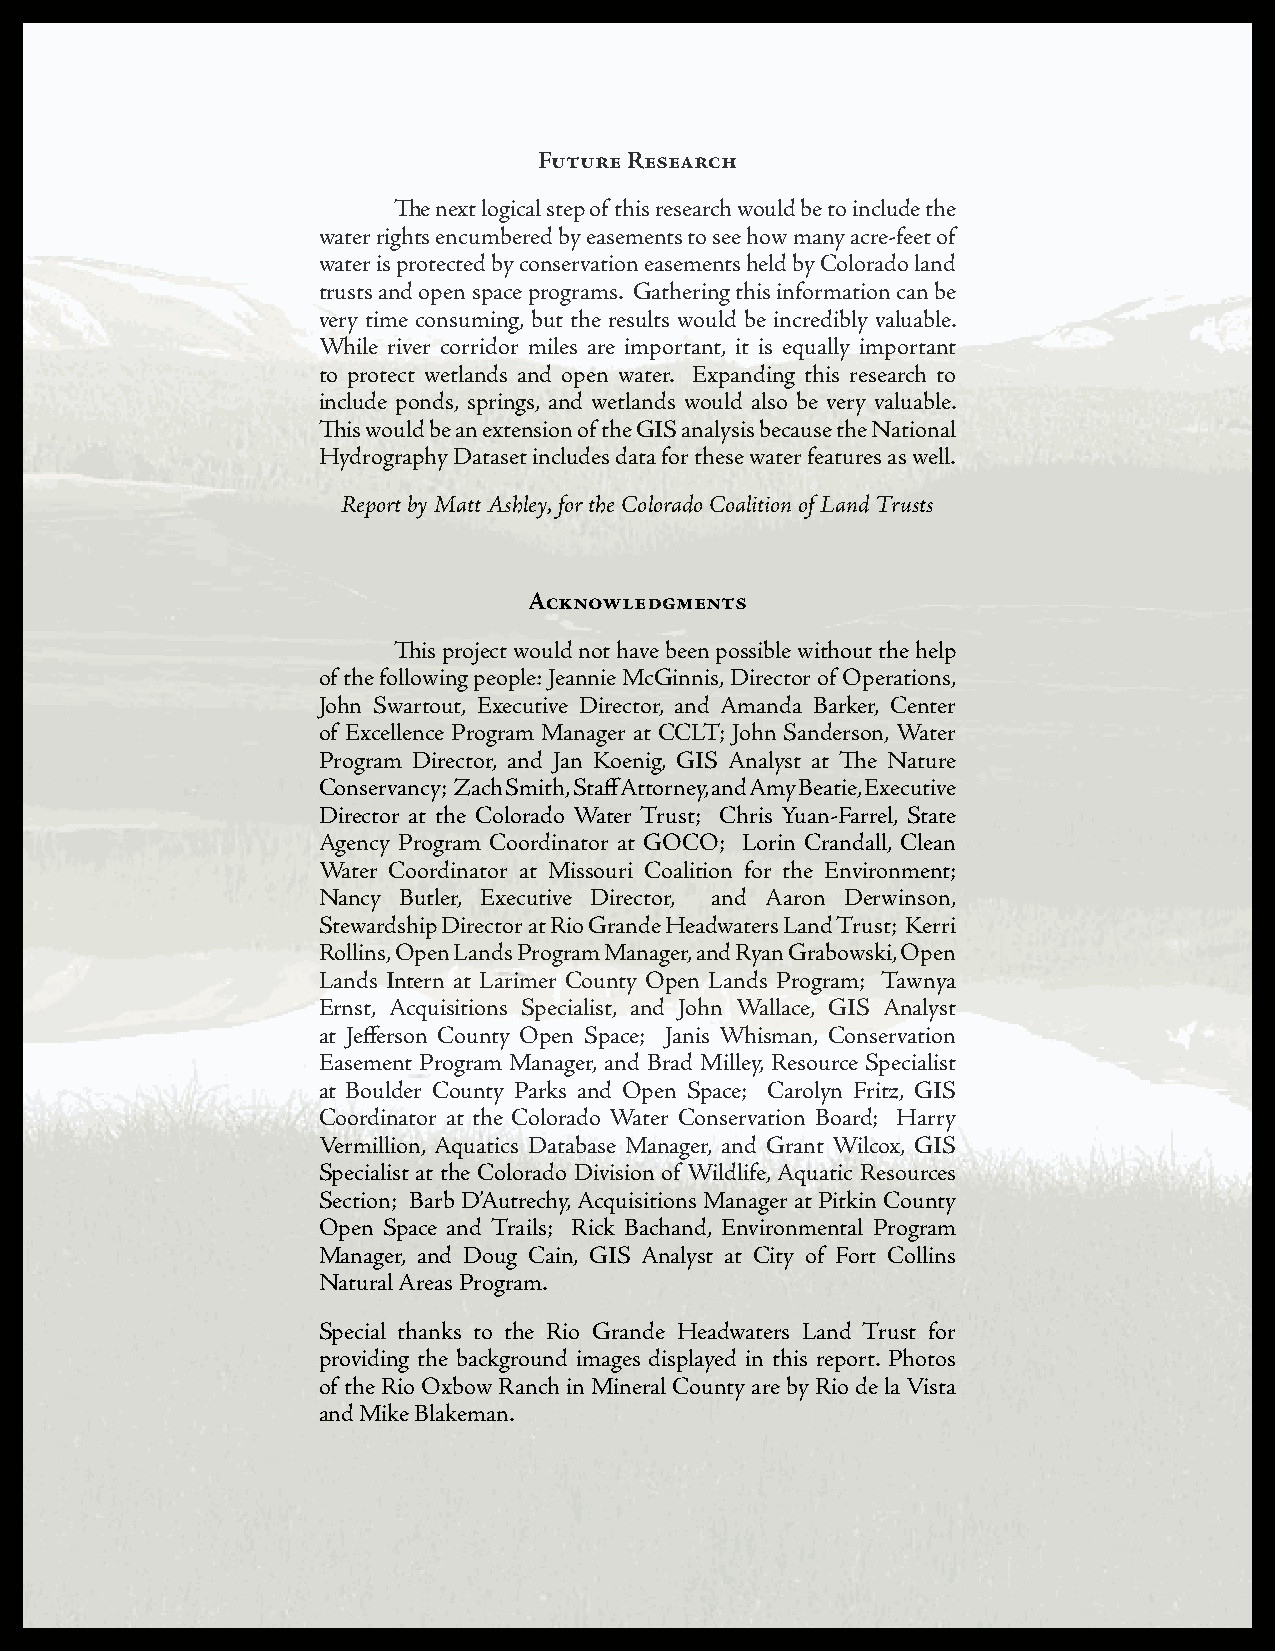
Future Research
 The next logical step of this research would be to include the
 water rights encumbered by easements to see how many acre-feet of
 water is protected by conservation easements held by Colorado land
 trusts and open space programs. Gathering this information can be
 very time consuming, but the results would be incredibly valuable.
 While river corridor miles are important, it is equally important
 to protect wetlands and open water. Expanding this research to
 include ponds, springs, and wetlands would also be very valuable.
 This would be an extension of the GIS analysis because the National
 Hydrography Dataset includes data for these water features as well.
 Report by Matt Ashley, for the Colorado Coalition of Land Trusts
 Acknowledgments
 This project would not have been possible without the help
 of the following people: Jeannie McGinnis, Director of Operations,
 John Swartout, Executive Director, and Amanda Barker, Center
 of Excellence Program Manager at CCLT; John Sanderson, Water
 Program Director, and Jan Koenig, GIS Analyst at The Nature
 Conservancy; Zach Smith, Staff Attorney, and Amy Beatie, Executive
 Director at the Colorado Water Trust; Chris Yuan-Farrel, State
 Agency Program Coordinator at GOCO; Lorin Crandall, Clean
 Water Coordinator at Missouri Coalition for the Environment;
 Nancy Butler, Executive Director, and Aaron Derwinson,
 Stewardship Director at Rio Grande Headwaters Land Trust; Kerri
 Rollins, Open Lands Program Manager, and Ryan Grabowski, Open
 Lands Intern at Larimer County Open Lands Program; Tawnya
 Ernst, Acquisitions Specialist, and John Wallace, GIS Analyst
 at Jefferson County Open Space; Janis Whisman, Conservation
 Easement Program Manager, and Brad Milley, Resource Specialist
 at Boulder County Parks and Open Space; Carolyn Fritz, GIS
 Coordinator at the Colorado Water Conservation Board; Harry
 Vermillion, Aquatics Database Manager, and Grant Wilcox, GIS
 Specialist at the Colorado Division of Wildlife, Aquatic Resources
 Section; Barb D’Autrechy, Acquisitions Manager at Pitkin County
 Open Space and Trails; Rick Bachand, Environmental Program
 Manager, and Doug Cain, GIS Analyst at City of Fort Collins
 Natural Areas Program.
 Special thanks to the Rio Grande Headwaters Land Trust for
 providing the background images displayed in this report. Photos
 of the Rio Oxbow Ranch in Mineral County are by Rio de la Vista
 and Mike Blakeman.